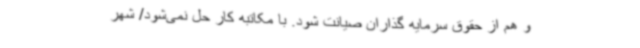
و هم از حقوق سرمایه گذاران صیانت شود. با مکاتبه کار حل نمی‌شود/ شهر